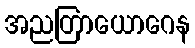
အညတြာယောဂေန